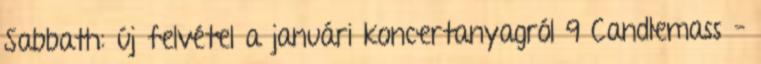
Sabbath: új felvétel a januári koncertanyagról 9 Candlemass –